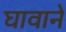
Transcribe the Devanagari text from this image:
घावाने